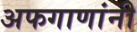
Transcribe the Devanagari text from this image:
अफगाणांनी